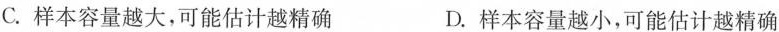
C.样本容量越大，可能估计越精确 D.样本容量越小，可能估计越精确